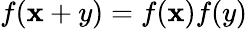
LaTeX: f(\mathbf{x}+y)=f(\mathbf{x})f(y)